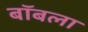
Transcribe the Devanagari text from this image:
बॉबला